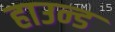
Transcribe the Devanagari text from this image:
हाउन्ड